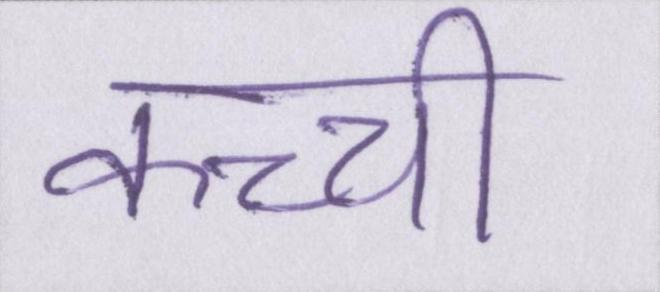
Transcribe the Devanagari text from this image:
कच्ची